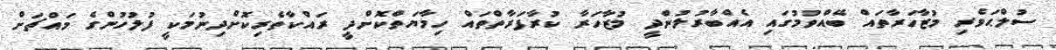
ސުލްޙަވެރި މުޒާހަރާތައް ބޭއްވުމުގައި އެއްބާރުލުންދީ މުޒާހަރާ ކުރާފަރާތްތައް ހިމާޔަތްކޮށްދީ ރައްކާތެރިކޮށްދިނުމަކީ ފުލުހުންގެ މައްޗަށް